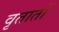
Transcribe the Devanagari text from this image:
वृतातों